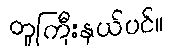
တူကြီးနှယ်ပင်။